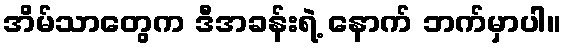
အိမ်သာတွေက ဒီအခန်းရဲ့ နောက် ဘက်မှာပါ။